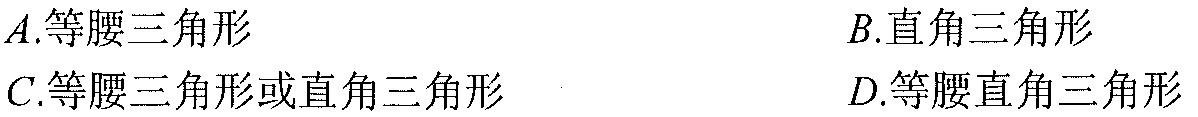
\(A.\)等腰三角形\(\quad B.\)直角三角形
\(C.\)等腰三角形或直角三角形\(\quad D.\)等腰直角三角形